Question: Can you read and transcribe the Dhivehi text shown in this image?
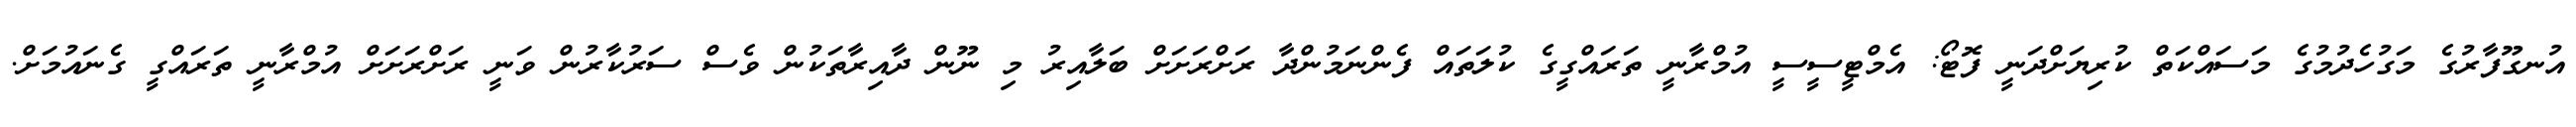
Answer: އުނގޫފާރުގެ މަގުހެދުމުގެ މަސައްކަތް ކުރިޔަށްދަނީ ފޮޓޯ: އެމްޓީސީސީ އުމްރާނީ ތަރައްގީގެ ކުލަތައް ފެންނަމުންދާ ރަށްރަށަށް ބަލާއިރު މި ނޫން ދާއިރާތަކުން ވެސް ސަރުކާރުން ވަނީ ރަށްރަށަށް އުމްރާނީ ތަރައްގީ ގެނައުމަށް.